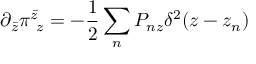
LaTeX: \partial _ { \bar { z } } \pi _ { ~ z } ^ { \bar { z } } = - \frac { 1 } { 2 } \sum _ { n } P _ { n z } \delta ^ { 2 } ( z - z _ { n } )